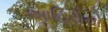
આહિરોનો